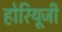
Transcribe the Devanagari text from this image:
होरियूजी